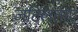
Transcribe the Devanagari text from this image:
जटिलताए